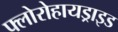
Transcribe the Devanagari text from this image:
फ्लोरोहायड्राइड